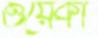
ওয়েকা